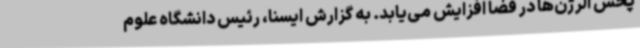
پخش آلرژن‌ها در فضا افزایش می‌یابد. به گزارش ایسنا، رئیس دانشگاه علوم